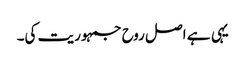
یہی ہے اصل روح جمہوریت کی۔